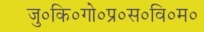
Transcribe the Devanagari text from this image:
जु०कि०गो०प्र०स०वि०म०